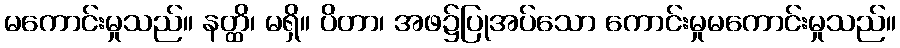
မကောင်းမှုသည်။ နတ္ထိ၊ မရှိ။ ပိတာ၊ အဖ၌ပြုအပ်သော ကောင်းမှုမကောင်းမှုသည်။